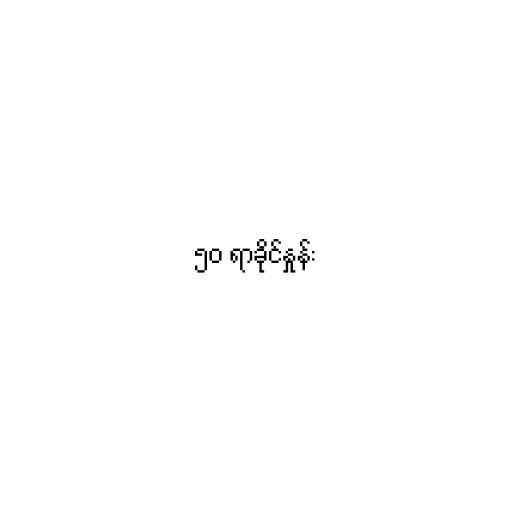
၅၀ ရာခိုင်နှုန်း